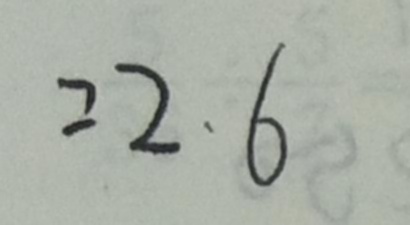
= 2 . 6